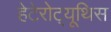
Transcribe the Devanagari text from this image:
हेटेरोट्यूथिस